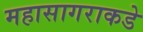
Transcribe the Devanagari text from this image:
महासागराकडे